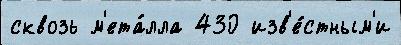
сквозь м'ета́лла 430 изв'е́стным'и